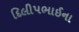
દિલીપભાઈના